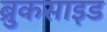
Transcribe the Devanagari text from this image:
ब्रुकसाइड